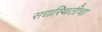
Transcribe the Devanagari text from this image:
सद्यस्थितीचा